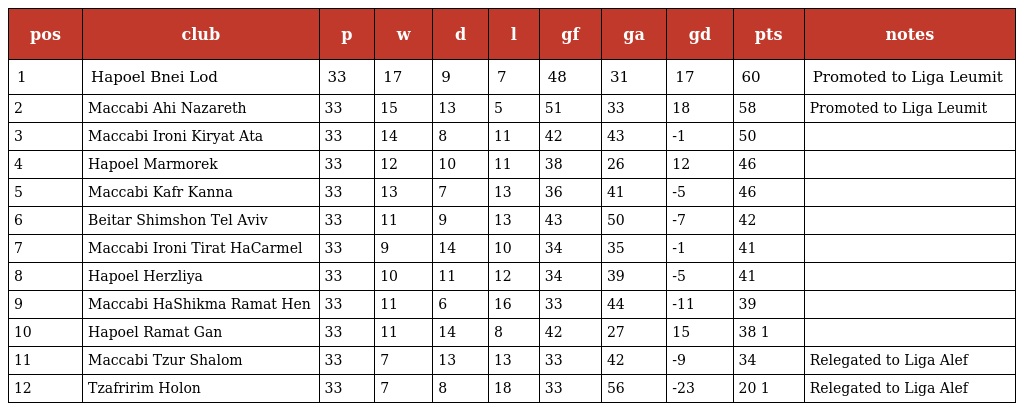
| pos | club | p | w | d | l | gf | ga | gd | pts | notes |
 | --- | --- | --- | --- | --- | --- | --- | --- | --- | --- | --- |
 | 1 | Hapoel Bnei Lod | 33 | 17 | 9 | 7 | 48 | 31 | 17 | 60 | Promoted to Liga Leumit |
 | 2 | Maccabi Ahi Nazareth | 33 | 15 | 13 | 5 | 51 | 33 | 18 | 58 | Promoted to Liga Leumit |
 | 3 | Maccabi Ironi Kiryat Ata | 33 | 14 | 8 | 11 | 42 | 43 | -1 | 50 |  |
 | 4 | Hapoel Marmorek | 33 | 12 | 10 | 11 | 38 | 26 | 12 | 46 |  |
 | 5 | Maccabi Kafr Kanna | 33 | 13 | 7 | 13 | 36 | 41 | -5 | 46 |  |
 | 6 | Beitar Shimshon Tel Aviv | 33 | 11 | 9 | 13 | 43 | 50 | -7 | 42 |  |
 | 7 | Maccabi Ironi Tirat HaCarmel | 33 | 9 | 14 | 10 | 34 | 35 | -1 | 41 |  |
 | 8 | Hapoel Herzliya | 33 | 10 | 11 | 12 | 34 | 39 | -5 | 41 |  |
 | 9 | Maccabi HaShikma Ramat Hen | 33 | 11 | 6 | 16 | 33 | 44 | -11 | 39 |  |
 | 10 | Hapoel Ramat Gan | 33 | 11 | 14 | 8 | 42 | 27 | 15 | 38 1 |  |
 | 11 | Maccabi Tzur Shalom | 33 | 7 | 13 | 13 | 33 | 42 | -9 | 34 | Relegated to Liga Alef |
 | 12 | Tzafririm Holon | 33 | 7 | 8 | 18 | 33 | 56 | -23 | 20 1 | Relegated to Liga Alef |